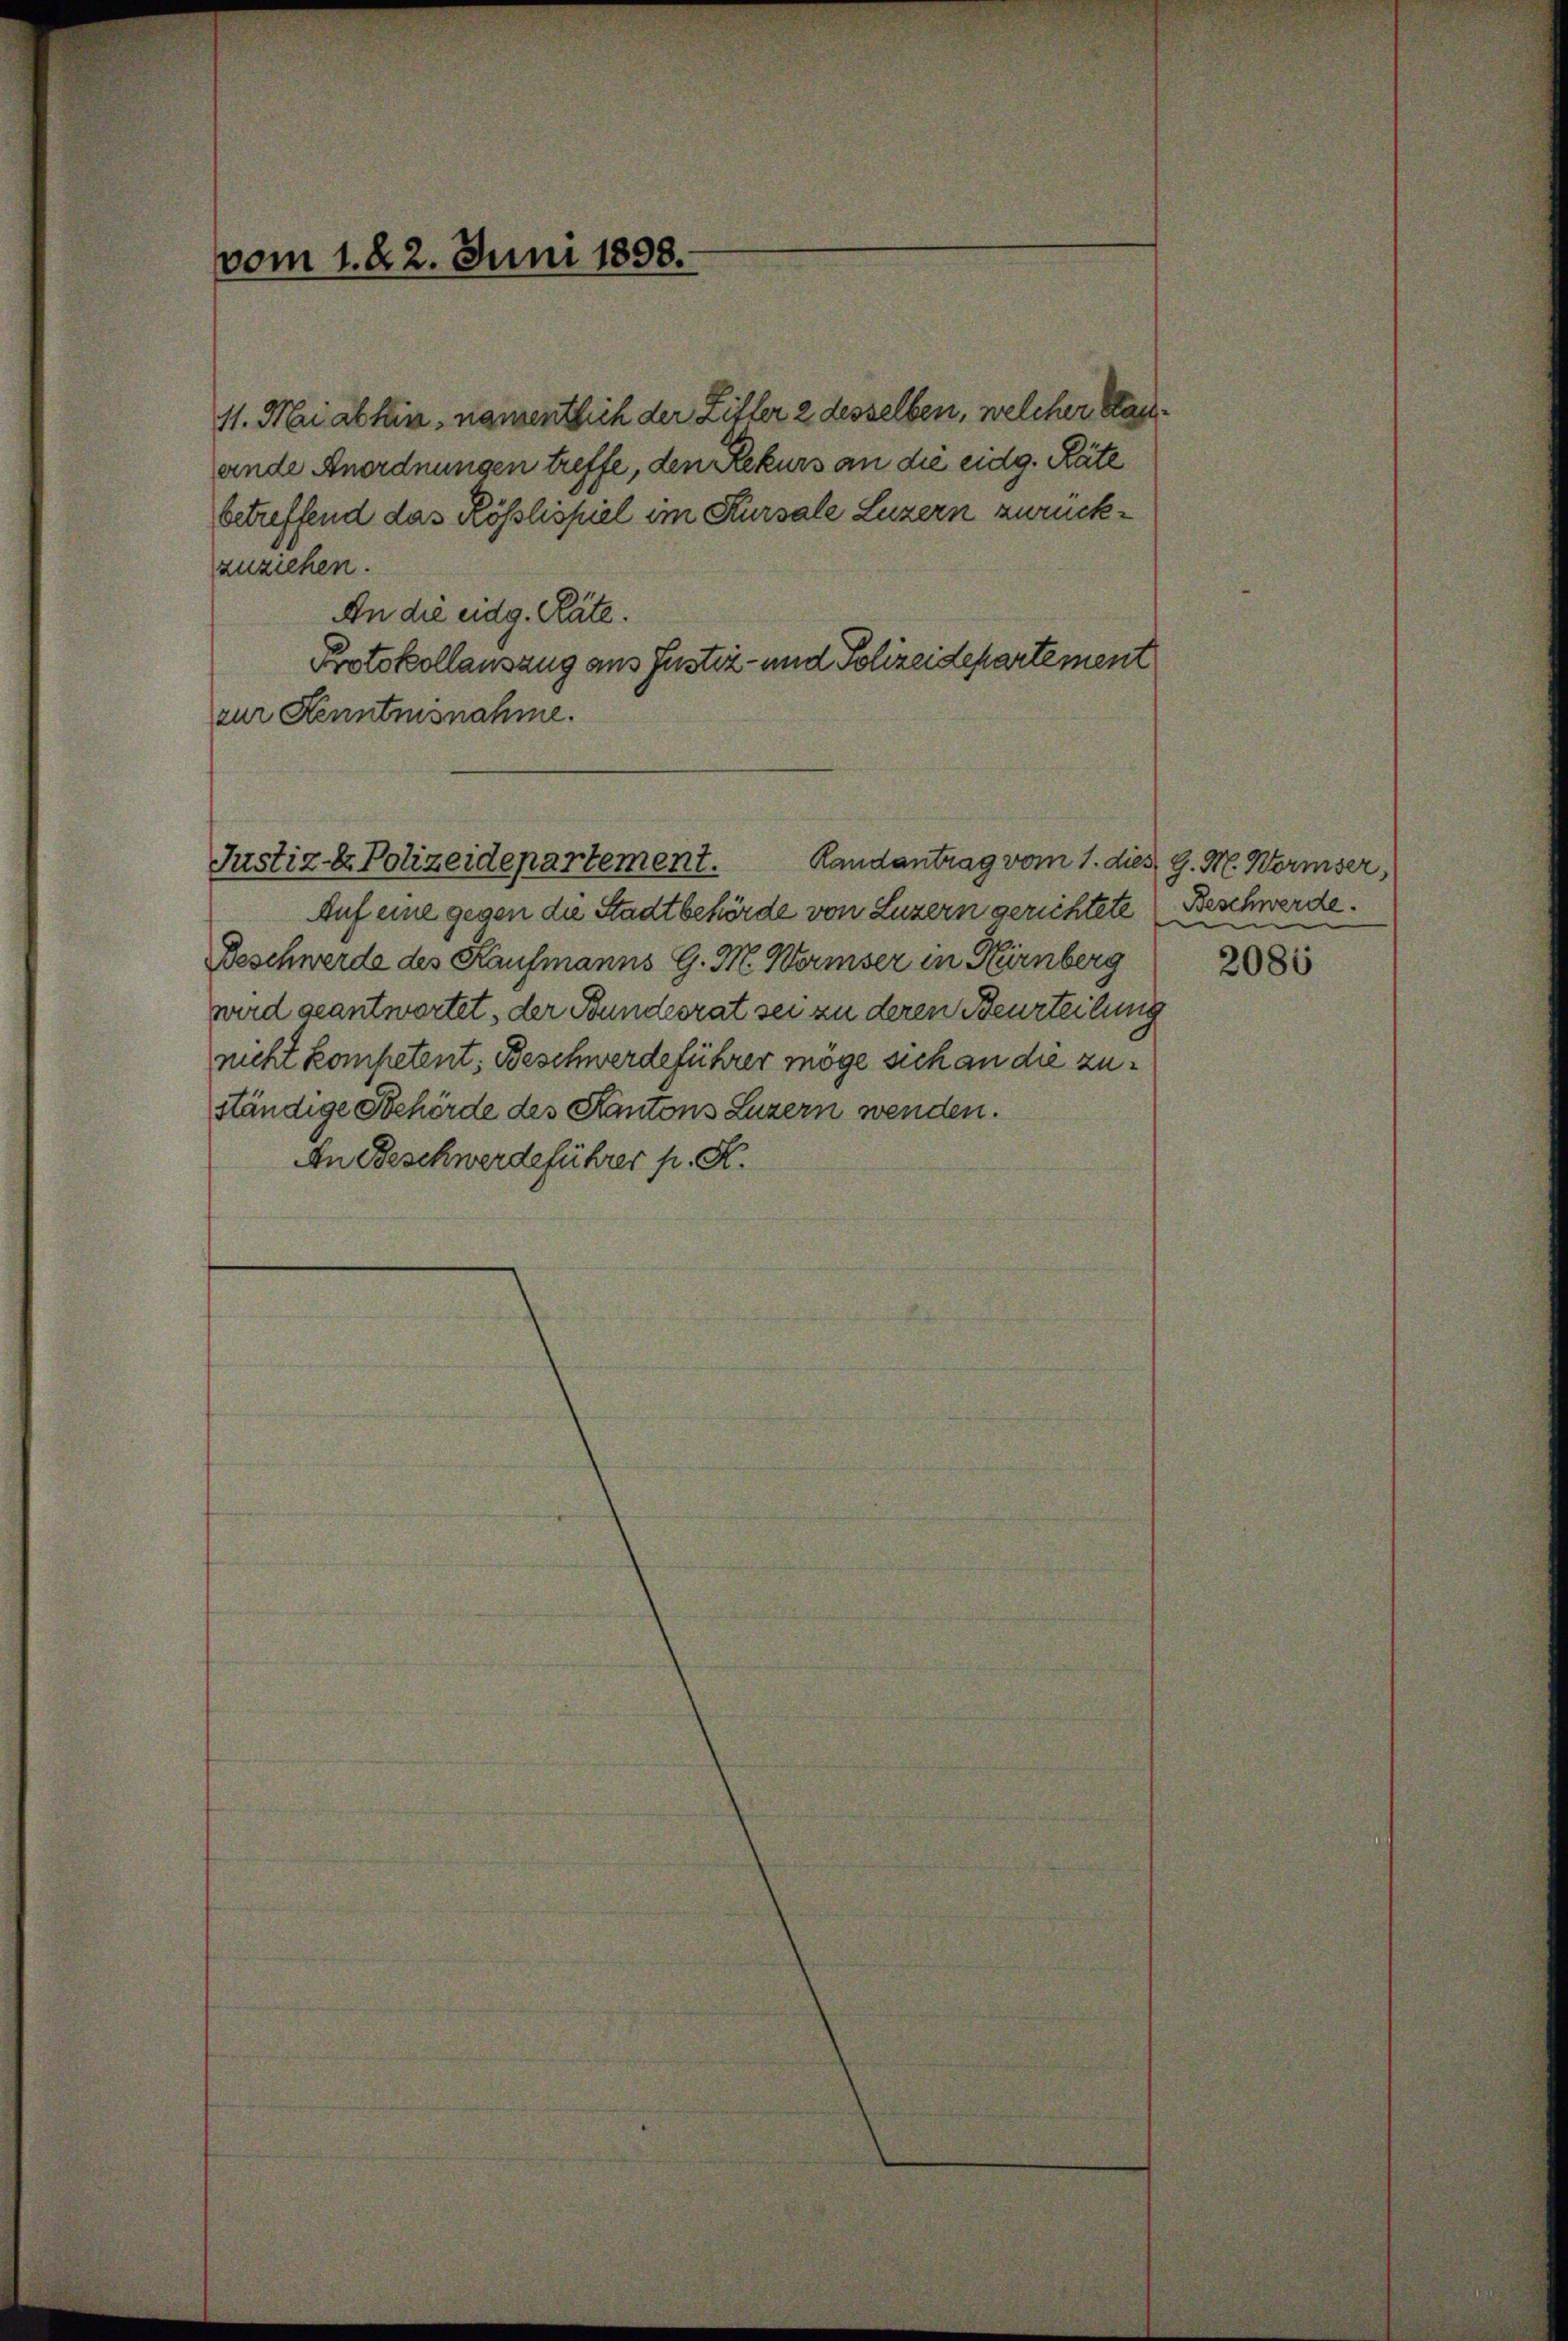
vom 1. 22. Juni 1898.

zuziehen.
An die eidg. Räte.
Protokollauszug aus Justiz- und Polizeidepartement
zur Kenntnisnahme.

11. Mai abten, namentlich der Litter 2 desselben, welcher Stanande Anordnungen treffe, den Rekurs an die eidg. Räte
betreffend das Rösslispiel im Kursale Luzern zurück¬

Randantrag vom 1. dies 9. M. Wormser,
Justiz- & Polizeidepartement.

Auf eine gegen die Stadtbehörde von Luzern gerichtete Beschwerde.
Beschwerde des Kaufmanns G. M. Wormser in Hirnberg
wird geantwortet, der Bundesrat sei zu deren Beurteilung
nicht kompetent, Beschwerdeführer möge sich an die zuständige Behörde des Kantons Luzern wenden.
An Beschwerdeführer p. K.

2086